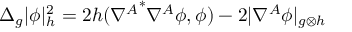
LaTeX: \Delta _ { g } | \phi | _ { h } ^ { 2 } = 2 h ( { \nabla ^ { A } } ^ { * } \nabla ^ { A } \phi , \phi ) - 2 | \nabla ^ { A } \phi | _ { g \otimes h }